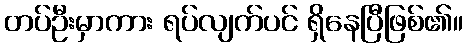
တပ်ဦးမှာကား ရပ်လျက်ပင် ရှိနေပြီဖြစ်၏။